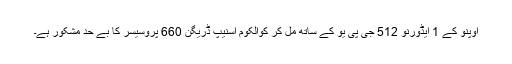
اوپنو کے 1 ایڈورنو 512 جی پی یو کے ساتھ مل کر کوالکوم اسنیپ ڈریگن 660 پروسیسر کا بے حد مشکور ہے۔